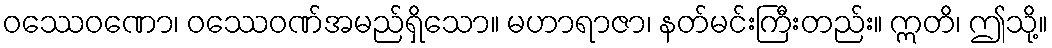
ဝဿေဝဏော၊ ဝဿေဝဏ်အမည်ရှိသော။ မဟာရာဇာ၊ နတ်မင်းကြီးတည်း။ ဣတိ၊ ဤသို့။